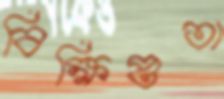
বিক্ষিপ্ততা